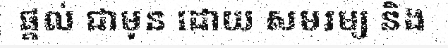
ផ្តល់ ជាមុន ដោយ សមរម្យ និង